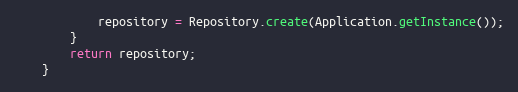
Language: Java
			repository = Repository.create(Application.getInstance());
		}
		return repository;
	}